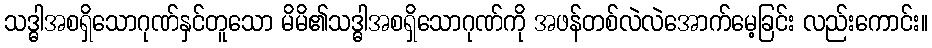
သဒ္ဓါအစရှိသောဂုဏ်နှင်တူသော မိမိ၏သဒ္ဓါအစရှိသောဂုဏ်ကို အဖန်တစ်လဲလဲအောက်မေ့ခြင်း လည်းကောင်း။